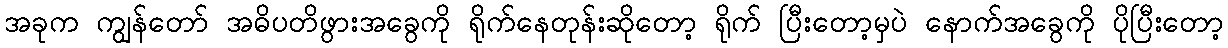
အခုက ကျွန်တော် အဓိပတိဖွားအခွေကို ရိုက်နေတုန်းဆိုတော့ ရိုက် ပြီးတော့မှပဲ နောက်အခွေကို ပိုပြီးတော့